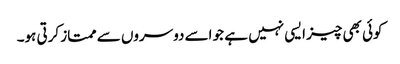
کوئی بھی چیز ایسی نہیں ہے جو اسے دوسروں سے ممتاز کرتی ہو۔